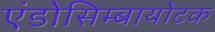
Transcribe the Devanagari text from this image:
एंडोसिम्बायोटक